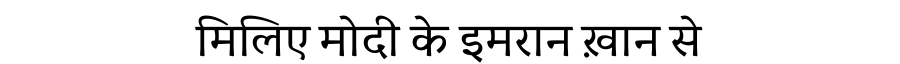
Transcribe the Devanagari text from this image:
मिलिए मोदी के इमरान ख़ान से